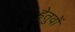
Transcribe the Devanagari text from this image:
हेतुवों